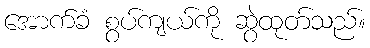
အောက်ခံ စွပ်ကျယ်ကို ဆွဲထုတ်သည်။